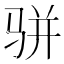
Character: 骈